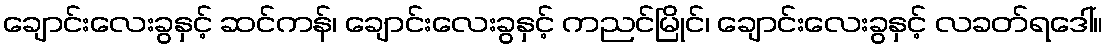
ချောင်းလေးခွနှင့် ဆင်ကန်၊ ချောင်းလေးခွနှင့် ကညင်မြိုင်၊ ချောင်းလေးခွနှင့် လခတ်ရဒေါ်။